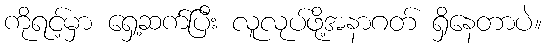
ကိုရင့်မှာ ရှေ့ဆက်ပြီး လူလုပ်ဖို့အနာဂတ် ရှိနေတာပဲ။